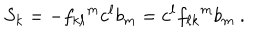
S _ { k } = - { f _ { k \ell } } ^ { m } c ^ { \ell } b _ { m } = c ^ { \ell } { f _ { \ell k } } ^ { m } b _ { m } ~ .